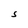
Character: S